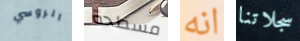
الروسي مسطحة انه سجلاتنا